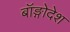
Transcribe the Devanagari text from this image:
बॉङ्गोदेश